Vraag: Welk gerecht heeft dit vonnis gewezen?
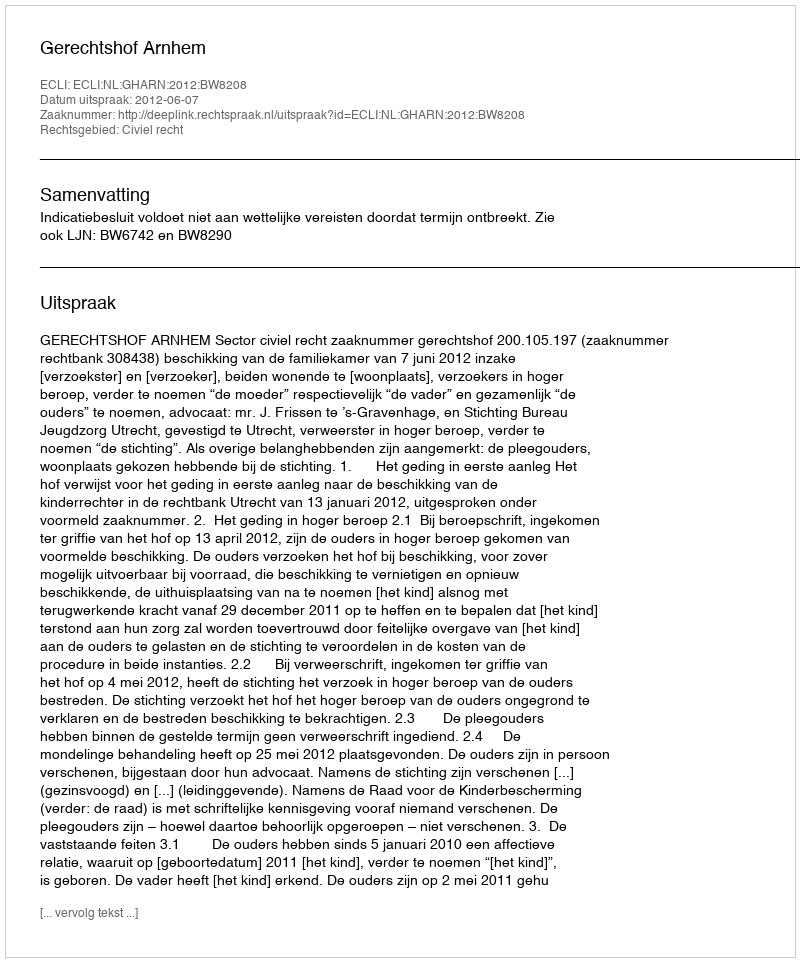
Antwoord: Gerechtshof Arnhem